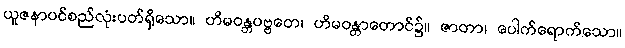
ယူဇနာပင်စည်လုံးပတ်ရှိသော။ ဟိမဝန္တပဗ္ဗတေ၊ ဟိမဝန္တာတောင်၌။ ဇာတာ၊ ပေါက်ရောက်သော။